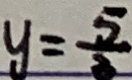
y = \frac { 5 } { 3 }